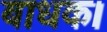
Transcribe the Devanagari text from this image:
बाधक।